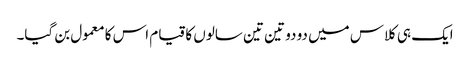
ایک ہی کلاس میں دو دو تین تین سالوں کا قیام اس کا معمول بن گیا۔